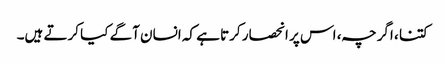
کتنا ، اگرچہ ، اس پر انحصار کرتا ہے کہ انسان آگے کیا کرتے ہیں۔